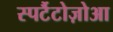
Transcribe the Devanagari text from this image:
स्पर्टैटोज़ोआ